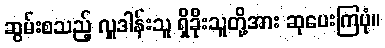
ဆွမ်းစသည့် လှူဒါန်းသူ ရှိခိုးသူတို့အား ဆုပေးကြပုံ။